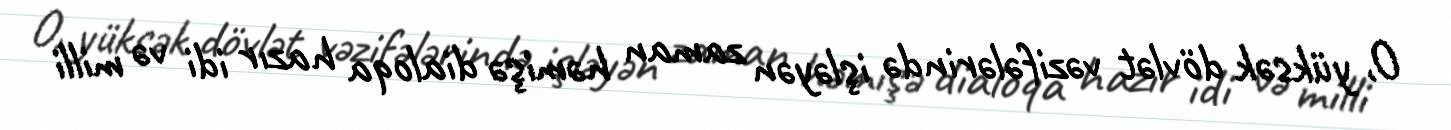
O, yüksək dövlət vəzifələrində işləyən zaman həmişə dialoqa hazır idi və milli